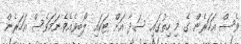
ވެސް އަހަރެން ގެ މި ހިތުގައި ސަދާ އަށް ޓަކައި ލޯބިވެއެވެ.ނަމަވެސް އަހަރެން